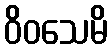
ဝိဝသေမိ